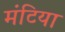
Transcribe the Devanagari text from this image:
मंटिया